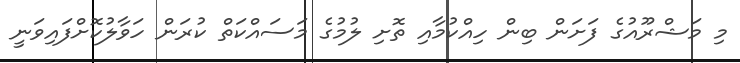
މި މަޝްރޫއުގެ ފަށަން ބިން ހިއްކުމާއި ތޮށި ލުމުގެ މަސައްކަތް ކުރަން ހަވާލުކޮށްފައިވަނީ